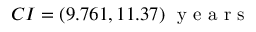
C I = ( 9 . 7 6 1 , 1 1 . 3 7 ) \; \textrm { y e a r s }